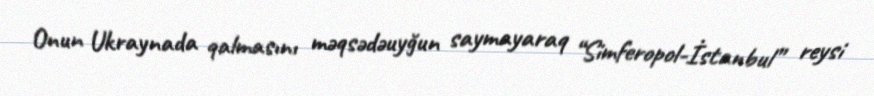
Onun Ukraynada qalmasını məqsədəuyğun saymayaraq “Simferopol-İstanbul” reysi